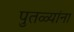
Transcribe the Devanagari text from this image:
पुतळ्यांना